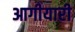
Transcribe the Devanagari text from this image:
आगीयारी